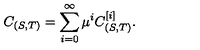
C _ { ( S , T ) } = \sum _ { i = 0 } ^ { \infty } \mu ^ { i } C _ { ( S , T ) } ^ { [ i ] } .